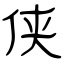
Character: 侠